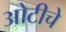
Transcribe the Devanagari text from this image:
ओटीचे